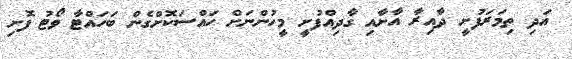
އަދި ތިމަރަފުށީ ދާއިރާ އާށާއި ގާދިއްފުށީ މީހުންނަށް ހައްސަކޮށްގެން ބަހައްޓާ ވޯޓު ފޮށި